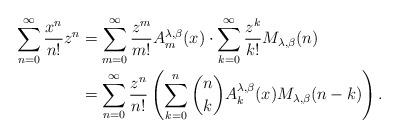
LaTeX: \begin{align*}\sum_{n=0}^{\infty}\frac{x^{n}}{n!}z^{n} & =\sum_{m=0}^{\infty}\frac{z^{m}}{m!}A_{m}^{\lambda,\beta}(x)\cdot\sum_{k=0}^{\infty}\frac{z^{k}}{k!}M_{\lambda,\beta}(n)\\ & =\sum_{n=0}^{\infty}\frac{z^{n}}{n!}\left(\sum_{k=0}^{n}\binom{n}{k}A_{k}^{\lambda,\beta}(x)M_{\lambda,\beta}(n-k)\right).\end{align*}